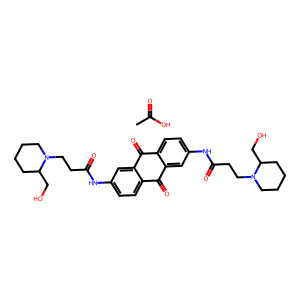
SMILES: CC(=O)O.O=C(CCN1CCCCC1CO)Nc1ccc2c(c1)C(=O)c1ccc(NC(=O)CCN3CCCCC3CO)cc1C2=O
Inhibits HIV replication: No